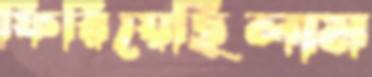
ফিরিয়েছিলাম